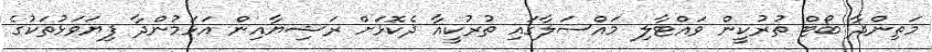
މަތިންދާ ބޯޓް ތުރުކީން ވައްޓާލި މައްސަލާގައި ތުރުކީއާ ދެކޮޅަށް ރަޝިޔާއިން އަޅަމުންދާ ފިޔަވަޅުތަކުގެ